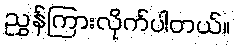
ညွှန်ကြားလိုက်ပါတယ်။